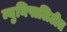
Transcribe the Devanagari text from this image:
म्युनिपालिटीत